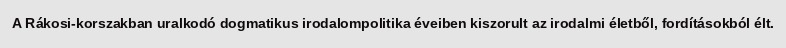
A Rákosi-korszakban uralkodó dogmatikus irodalompolitika éveiben kiszorult az irodalmi életből, fordításokból élt.